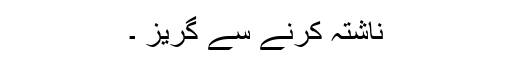
ناشتہ کرنے سے گریز ۔